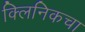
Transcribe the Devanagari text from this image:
क्लिनिकचा